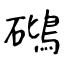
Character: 𥖧